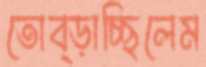
তোব্‌ড়াচ্ছিলেম